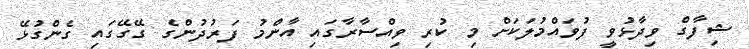
ޝިފާގް ވިދާޅުވީ ފުވައްމުލަކަށް މި ކުރި ވިއްސާރާގައި އާންމު ފަރުދުންގެ ގޭގޭގައި ގެންގުޅޭ